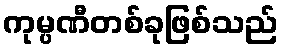
ကုမ္ပဏီတစ်ခုဖြစ်သည်